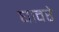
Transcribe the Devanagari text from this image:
घावरे